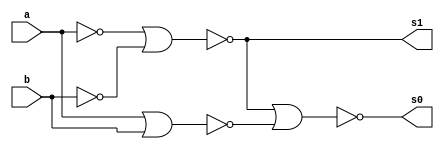

module circuito (s0, s1, a, b);
 output s0, s1;
 input  a, b;
 wire s2, s3, s4, s5, s6, s7, s8;

 nor NOR1 (s2, a, b);
 nor NOR2 (s3, s2, s2);
 nor NOR3 (s4, a, a);
 nor NOR4 (s5, b, b);
 nor NOR5 (s1, s4, s5);
 nor NOR6 (s6, s1, s1);
 nor NOR7 (s7, s6, s6);
 nor NOR8 (s8, s3, s3);
 nor NOR9 (s0, s7, s8);

endmodule

module testcircuito;
 reg a, b;
 wire s0, s1;

 circuito CIRCUITO1 (s0, s1, a, b);

 initial begin
      $display("Exemplo 01 - Braulio Lima e Andrade - 380749");
      $display("Test Circuito Meia-Soma");
      $display("\na + b = s1 s0");
      a=0; b=0;
  #1  $display("%b + %b =  %b  %b", a, b, s1, s0);
      a=0; b=1;
  #1  $display("%b + %b =  %b  %b", a, b, s1, s0);
      a=1; b=0;
  #1  $display("%b + %b =  %b  %b", a, b, s1, s0);
      a=1; b=1;
  #1  $display("%b + %b =  %b  %b", a, b, s1, s0);
  end

endmodule

// OBS.: FAVOR NAO DEIXAR ESPACO EM BRANCO NO NOME DE ARQUIVO.